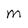
Character: M